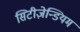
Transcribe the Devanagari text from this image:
सिटीज़ेन्डियम